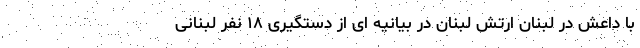
با داعش در لبنان ارتش لبنان در بیانیه ای از دستگیری ۱۸ نفر لبنانی